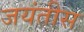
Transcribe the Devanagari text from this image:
जयंतीस